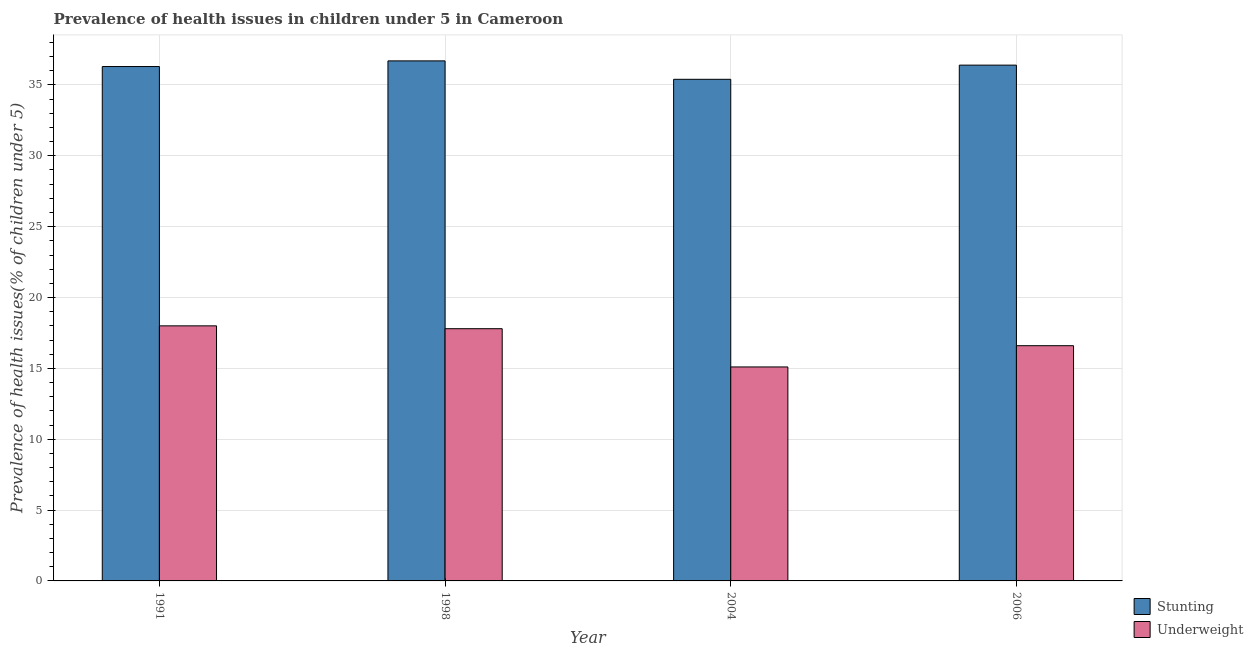
| Year | Stunting | Underweight |
 | --- | --- | --- |
 | 1991 | 36.3 | 18 |
 | 1998 | 36.7 | 17.8 |
 | 2004 | 35.4 | 15.1 |
 | 2006 | 36.4 | 16.6 |